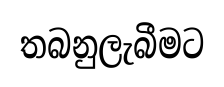
තබනුලැබීමට